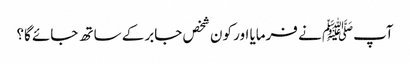
آپﷺ نے فرمایا اور کون شخص جابر کے ساتھ جائے گا؟